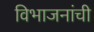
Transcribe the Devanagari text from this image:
विभाजनांची